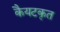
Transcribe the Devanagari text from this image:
कैयटकृत